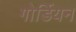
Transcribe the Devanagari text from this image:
गोर्डियन